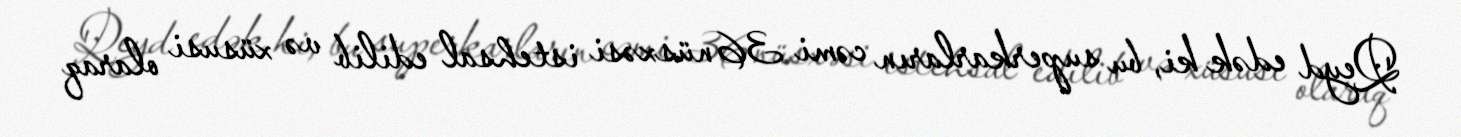
Qeyd edək ki, bu superkarların cəmi 36 nüsxəsi istehsal edilib və xüsusi olaraq